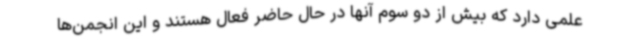
علمی دارد که بیش از دو سوم آنها در حال حاضر فعال هستند و این انجمن‌ها